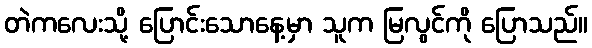
တဲကလေးသို့ ပြောင်းသောနေ့မှာ သူက မြလွင်ကို ပြောသည်။